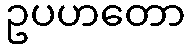
ဥပဟတော